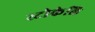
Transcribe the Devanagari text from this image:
स्टोकेलि